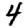
Digit: 4